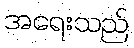
အရေးသည်